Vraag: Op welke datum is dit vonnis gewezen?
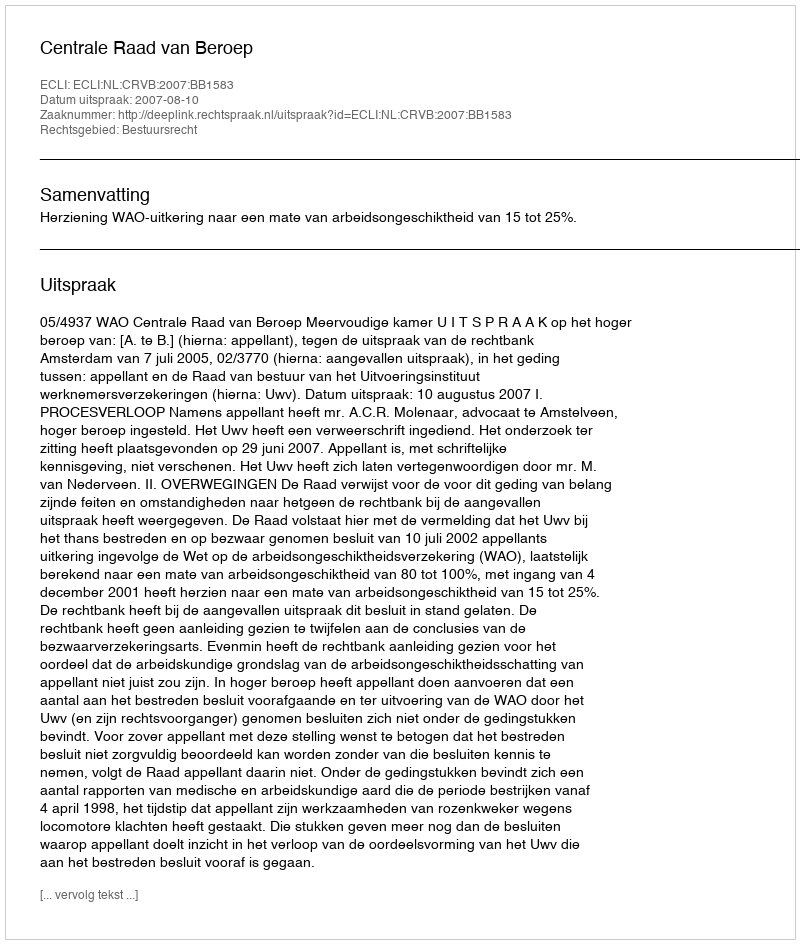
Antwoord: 2007-08-10